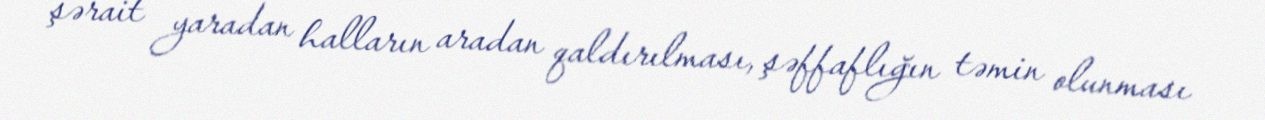
şərait yaradan halların aradan qaldırılması, şəffaflığın təmin olunması